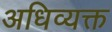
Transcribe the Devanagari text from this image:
अधिव्यक्त